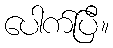
ပေါက်ပြီ။